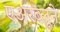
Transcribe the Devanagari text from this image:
एअरब्लूने